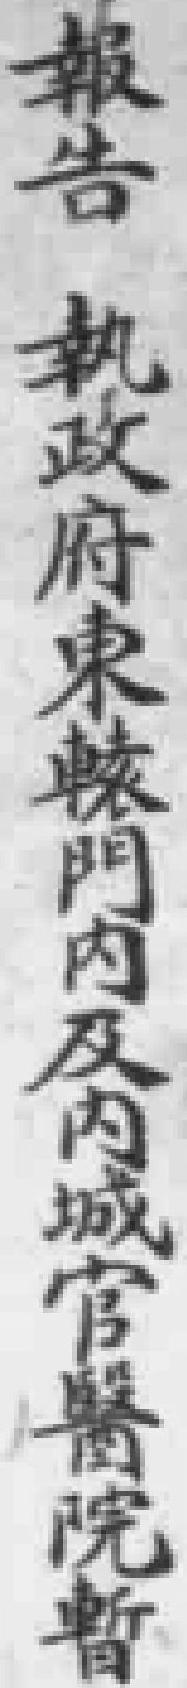
報告 執政府東轅門内及内城官醫院暫